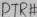
Text: DTP#